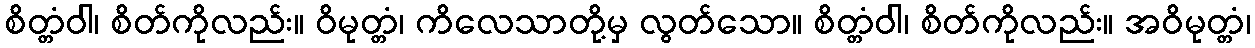
စိတ္တံဝါ၊ စိတ်ကိုလည်း။ ဝိမုတ္တံ၊ ကိလေသာတို့မှ လွတ်သော။ စိတ္တံဝါ၊ စိတ်ကိုလည်း။ အဝိမုတ္တံ၊